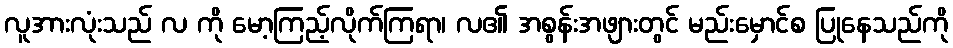
လူအားလုံးသည် လ ကို မော့ကြည့်လိုက်ကြရာ၊ လ၏ အစွန်းအဖျားတွင် မည်းမှောင်စ ပြုနေသည်ကို